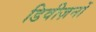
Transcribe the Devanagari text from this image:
डिवीज़नों